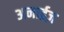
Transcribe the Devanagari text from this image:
अनाईज़